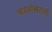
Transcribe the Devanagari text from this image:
चंदशेखरांनी